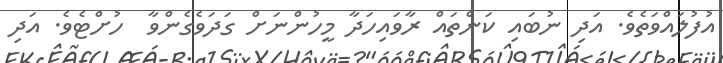
އުފުލައްވަތެވެ. އަދި ނުބައި ކަންތައް ރާވައިހަދާ މީހުންނަށް ގަދަވެގެންވާ  ހުށްޓެވެ. އަދި